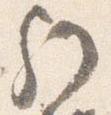
歟